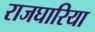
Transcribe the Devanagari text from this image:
राजघारिया